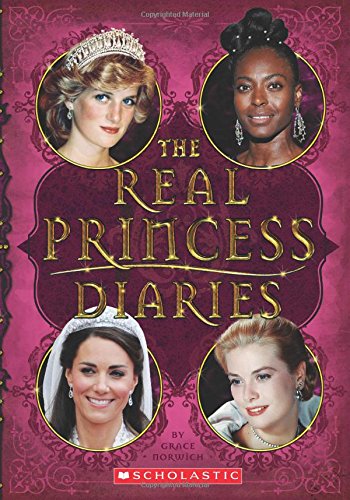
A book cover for The Real Princess Diaries; Grace Norwich; Children's Books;